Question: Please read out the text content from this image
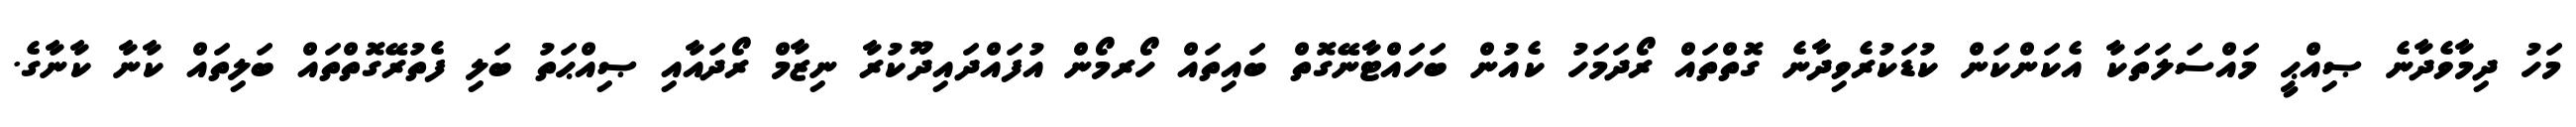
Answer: މަހު ދިމާވެދާނެ ޞިއްޙީ މައްސަލަތަކާ އެކަންކަން ކުޑަކުރެވިދާނެ ގޮތްތައް ރޯދަމަހު ކެއުން ބަހައްޓާނޭގޮތް ބައިތައް ހޯރމޯން އުފައްދައިދޫކުރާ ނިޒާމް ރޯދައާއި ޞިއްޙަތު ބަލި ފެތުރޭގޮތްތައް ބަލިތައް ކާނާ ކާނާގެ.